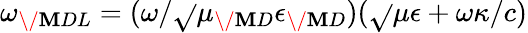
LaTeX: \omega_{\/ {\mathbf{M}DL}}=(\omega/\sqrt{}{{\mu_{\/ {\mathbf{M}D}}\epsilon_{\/ {\mathbf{M}D}}}})(\sqrt{}{{\mu\epsilon}}+\omega\kappa/c)